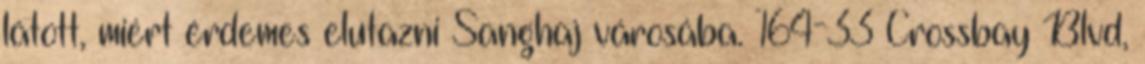
látott, miért érdemes elutazni Sanghaj városába. 164-33 Crossbay Blvd,